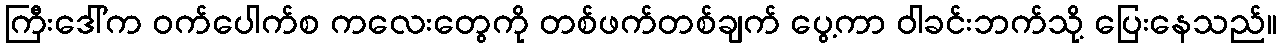
ကြီးဒေါ်က ဝက်ပေါက်စ ကလေးတွေကို တစ်ဖက်တစ်ချက် ပွေ့ကာ ဝါခင်းဘက်သို့ ပြေးနေသည်။